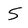
Character: 5